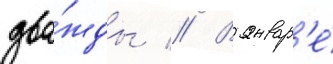
два́жды // В январ'е́